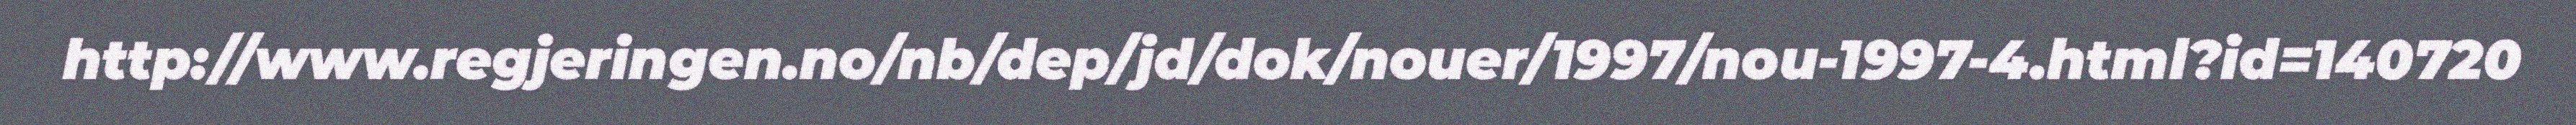
http://www.regjeringen.no/nb/dep/jd/dok/nouer/1997/nou-1997-4.html?id=140720